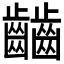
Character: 𪙹